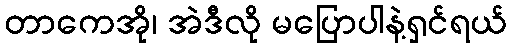
တာကေအို၊ အဲဒီလို မပြောပါနဲ့ရှင်ရယ်